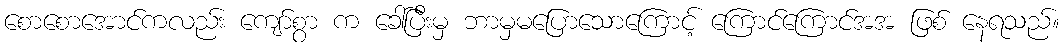
စောစောအောင်ကလည်း ကျော်စွာ က ခေါ်ပြီးမှ ဘာမှမပြောသောကြောင့် ကြောင်ကြောင်အအ ဖြစ် နေရသည်။